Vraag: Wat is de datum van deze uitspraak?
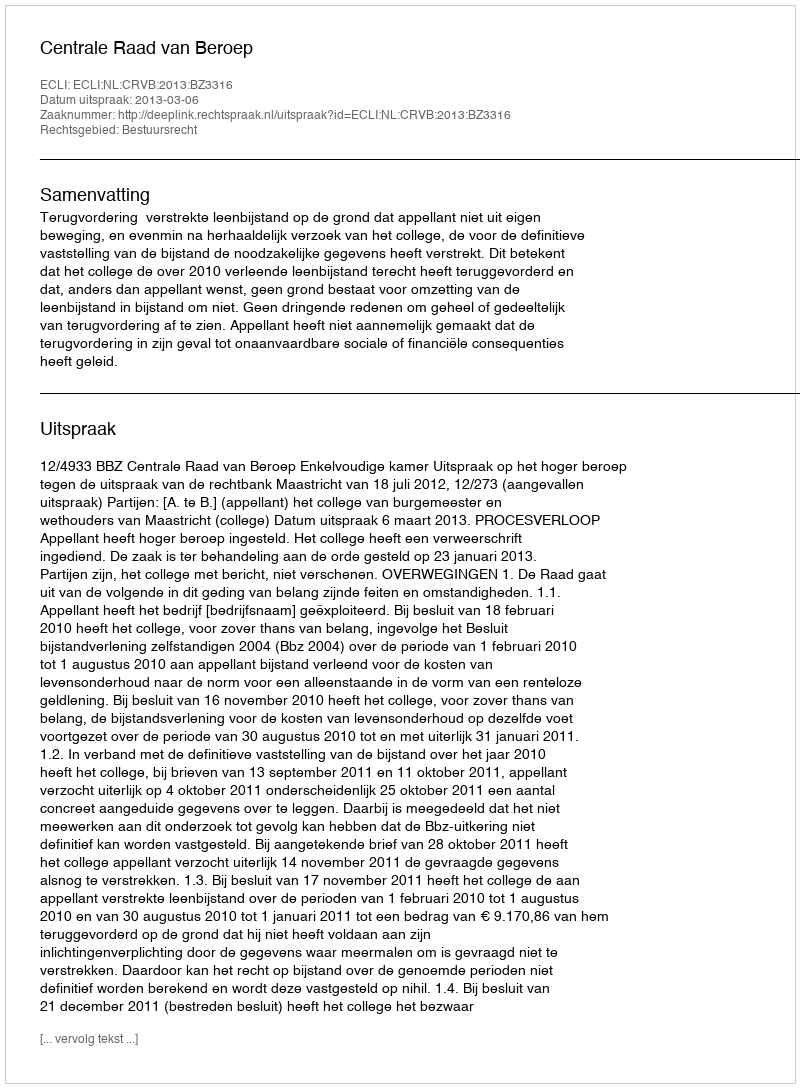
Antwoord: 2013-03-06